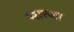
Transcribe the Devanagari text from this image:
मात्जा